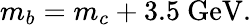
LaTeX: m_{b}=m_{c}+3.5~\mathrm{GeV}.